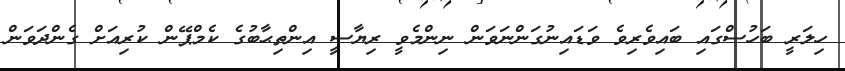
ހިލަރީ ބަހުސްގައި ބައިވެރިވެ ވަޑައިނުގަންނަވަން ނިންމެވީ ރިޔާސީ އިންތިޙާބުގެ ކެމްޕޭން ކުރިއަށް ގެންދަވަން